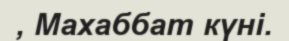
, Махаббат күні.